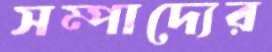
সম্পাদ্যের